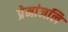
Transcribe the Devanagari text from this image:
प्रेमांजलि